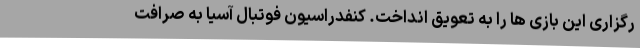
رگزاری این بازی ها را به تعویق انداخت. کنفدراسیون فوتبال آسیا به صرافت